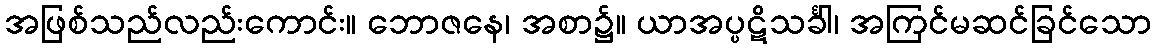
အဖြစ်သည်လည်းကောင်း။ ဘောဇနေ၊ အစာ၌။ ယာအပ္ပဋိသင်္ခါ၊ အကြင်မဆင်ခြင်သော